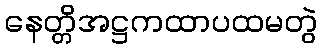
နေတ္တိအဋ္ဌကထာပထမတွဲ